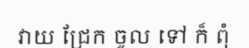
វាយ ជ្រែក ចូល ទៅ ក៏ ពុំ